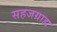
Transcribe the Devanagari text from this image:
सहजग्राह्य